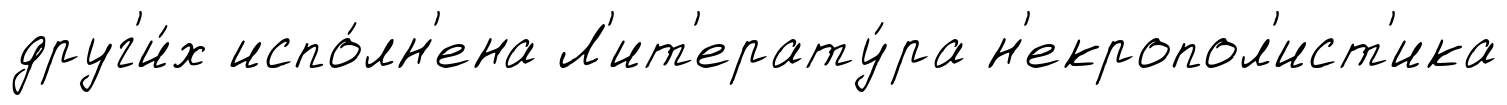
друг'и́х испо́лн'ена Л'ит'ерату́ра н'екропол'ист'ика